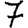
Digit: 7